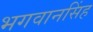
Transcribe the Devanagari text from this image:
भगवानसिंह